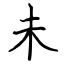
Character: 未